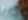
امرا